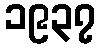
၁၉၃၇